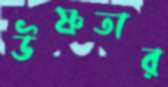
উষ্ণতার